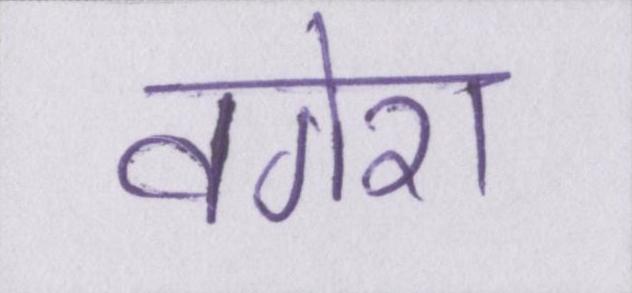
वगेरा